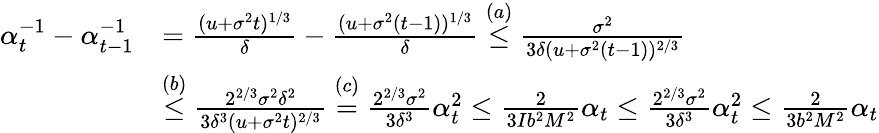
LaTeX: \begin{array}{rl}{\alpha_{t}^{-1}-\alpha_{t-1}^{-1}}&{=\frac{(u+\sigma^{2}t)^{1/3}}{\delta}-\frac{(u+\sigma^{2}(t-1))^{1/3}}{\delta}\overset{(a)}{\leq}\frac{\sigma^{2}}{3\delta(u+\sigma^{2}(t-1))^{2/3}}}\\ &{\overset{(b)}{\leq}\frac{2^{2/3}\sigma^{2}\delta^{2}}{3\delta^{3}(u+\sigma^{2}t)^{2/3}}\overset{(c)}{=}\frac{2^{2/3}\sigma^{2}}{3\delta^{3}}\alpha_{t}^{2}\leq\frac{2}{3Ib^{2}M^{2}}\alpha_{t}\leq\frac{2^{2/3}\sigma^{2}}{3\delta^{3}}\alpha_{t}^{2}\leq\frac{2}{3b^{2}M^{2}}\alpha_{t}}\end{array}